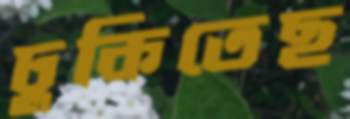
ঢুকিতেছ